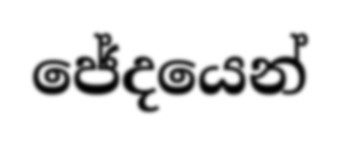
ජේදයෙන්